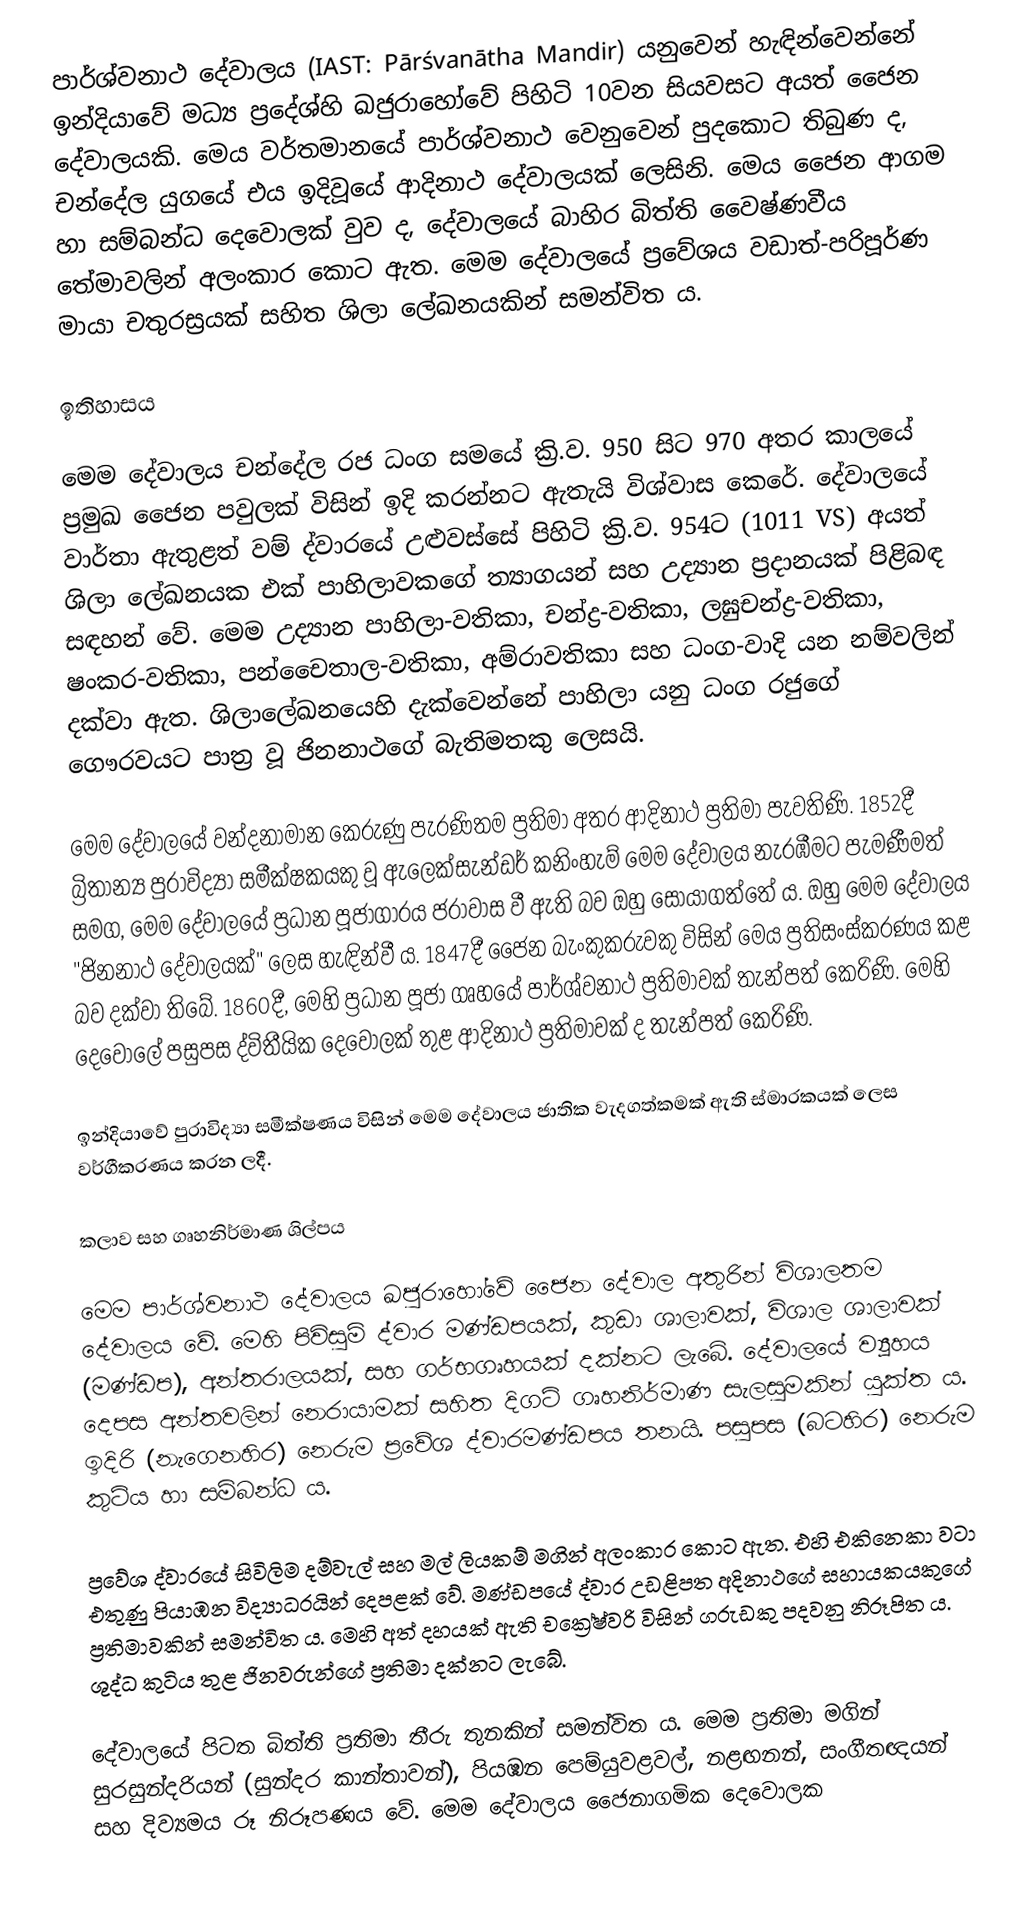
පාර්ශ්වනාථ දේවාලය (IAST: Pārśvanātha Mandir) යනුවෙන් හැඳින්වෙන්නේ ඉන්දියාවේ මධ්‍ය ප්‍රදේශ්හි ඛජුරාහෝවේ පිහිටි 10වන සියවසට අයත් ජෛන දේවාලයකි. මෙය වර්තමානයේ පාර්ශ්වනාථ වෙනුවෙන් පුදකොට තිබුණ ද, චන්දේල යුගයේ එය ඉදිවූයේ ආදිනාථ දේවාලයක් ලෙසිනි. මෙය ජෛන ආගම හා සම්බන්ධ දෙවොලක් වුව ද, දේවාලයේ බාහිර බිත්ති වෛෂ්ණවීය තේමාවලින් අලංකාර කොට ඇත. මෙම දේවාලයේ ප්‍රවේශය වඩාත්-පරිපූර්ණ මායා චතුරස්‍රයක් සහිත ශිලා ලේඛනයකින් සමන්විත ය.

ඉතිහාසය

මෙම දේවාලය චන්දේල රජ ධංග සමයේ ක්‍රි.ව. 950 සිට 970 අතර කාලයේ ප්‍රමුඛ ජෛන පවුලක් විසින් ඉදි කරන්නට ඇතැයි විශ්වාස කෙරේ. දේවාලයේ වාර්තා ඇතුළත් වම් ද්වාරයේ උළුවස්සේ පිහිටි ක්‍රි.ව. 954ට (1011 VS) අයත් ශිලා ලේඛනයක එක් පාහිලාවකගේ ත්‍යාගයන් සහ උද්‍යාන ප්‍රදානයක් පිළිබඳ සඳහන් ‍වේ. මෙම උද්‍යාන පාහිලා-වතිකා, චන්ද්‍ර-වතිකා, ලඝුචන්ද්‍ර-වතිකා, ෂංකර-වතිකා, පන්චෛතාල-වතිකා, අම්රාවතිකා සහ ධංග-වාදි යන නම්වලින් දක්වා ඇත. ශිලාලේඛනයෙහි දැක්වෙන්නේ පාහිලා යනු ධංග රජුගේ ගෞරවයට පාත්‍ර වූ ජිනනාථගේ බැතිමතකු ලෙසයි.

මෙම දේවාලයේ වන්දනාමාන කෙරුණු පැරණිතම ප්‍රතිමා අතර ආදිනාථ ප්‍රතිමා පැවතිණි. 1852දී බ්‍රිතාන්‍ය පුරාවිද්‍යා සමීක්ෂකයකු වූ ඇලෙක්සැන්ඩර් කනිංහැම් මෙම දේවාලය නැරඹීමට පැමණීමත් සමග, මෙම ‍දේවාලයේ ප්‍රධාන පූජාගාරය ජරාවාස වී ඇති බව ඔහු සොයාගත්තේ ය. ඔහු මෙම දේවාලය "ජිනනාථ දේවාලයක්" ලෙස හැඳින්වී ය. 1847දී ජෛන බැංකුකරුවකු විසින් මෙය ප්‍රතිසංස්කරණය කළ බව දක්වා තිබේ. 1860දී, මෙහි ප්‍රධාන පූජා ගෘහයේ පාර්ශ්වනාථ ප්‍රතිමාවක් තැන්පත් කෙරිණි. මෙහි දෙවොලේ පසුපස ද්විතීයික දෙවොලක් තුළ ආදිනාථ ප්‍රතිමාවක් ද තැන්පත් කෙරිණි.

ඉන්දියාවේ පුරාවිද්‍යා සමීක්ෂණය විසින් මෙම දේවාලය ජාතික වැදගත්කමක් ඇති ස්මාරකයක් ලෙස වර්ගීකරණය කරන ලදී.

කලාව සහ ගෘහනිර්මාණ ශිල්පය

මෙම පාර්ශ්වනාථ දේවාලය ඛජුරාහෝවේ ජෛන‍ දේවාල අතුරින් විශාලතම දේවාලය වේ. මෙහි පිවිසුම් ද්වාර මණ්ඩපයක්, කුඩා ශාලාවක්, විශාල ශාලාවක් (මණ්ඩප), අන්තරාලයක්, සහ ගර්භගෘහයක් දක්නට ලැබේ. දේවාලයේ ව්‍යූහය දෙපස අන්තවලින් නෙරායාමක් සහිත දිගටි ගෘහනිර්මාණ සැලසුමකින් යුක්ත ය. ඉදිරි (නැගෙනහිර) නෙරුම ප්‍රවේශ ද්වාරමණ්ඩපය තනයි. පසුපස (බටහිර) නෙරුම කුටිය හා සම්බන්ධ ය.

ප්‍රවේශ ද්වාරයේ සිවිලිම දම්වැල් සහ මල් ලියකම් මගින් අලංකාර කොට ඇත. එහි එකිනෙකා වටා එතුණු පියාඹන විද්‍යාධරයින් දෙපළක් වේ. මණ්ඩපයේ ද්වාර උඩළිපත අදිනාථගේ සහායකයකුගේ ප්‍රතිමාවකින් සමන්විත ය. මෙහි අත් දහයක් ඇති චක්‍රේෂ්වරි විසින් ගරුඩකු පදවනු නිරූපිත ය. ශුද්ධ කුටිය තුළ ජිනවරුන්ගේ ප්‍රතිමා දක්නට ලැ‍බේ.

දේවාලයේ පිටත බිත්ති ප්‍රතිමා තීරු තුනකින් සමන්විත ය. මෙම ප්‍රතිමා මගින් සුරසුන්දරියන් (සුන්දර කාන්තාවන්), පියඹන පෙම්යුවළවල්, නළඟනන්, සංගීතඥයන් සහ දිව්‍යමය රූ නිරූපණය වේ. මෙම දේවාලය ජෛනාගමික දෙවොලක